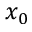
x _ { 0 }